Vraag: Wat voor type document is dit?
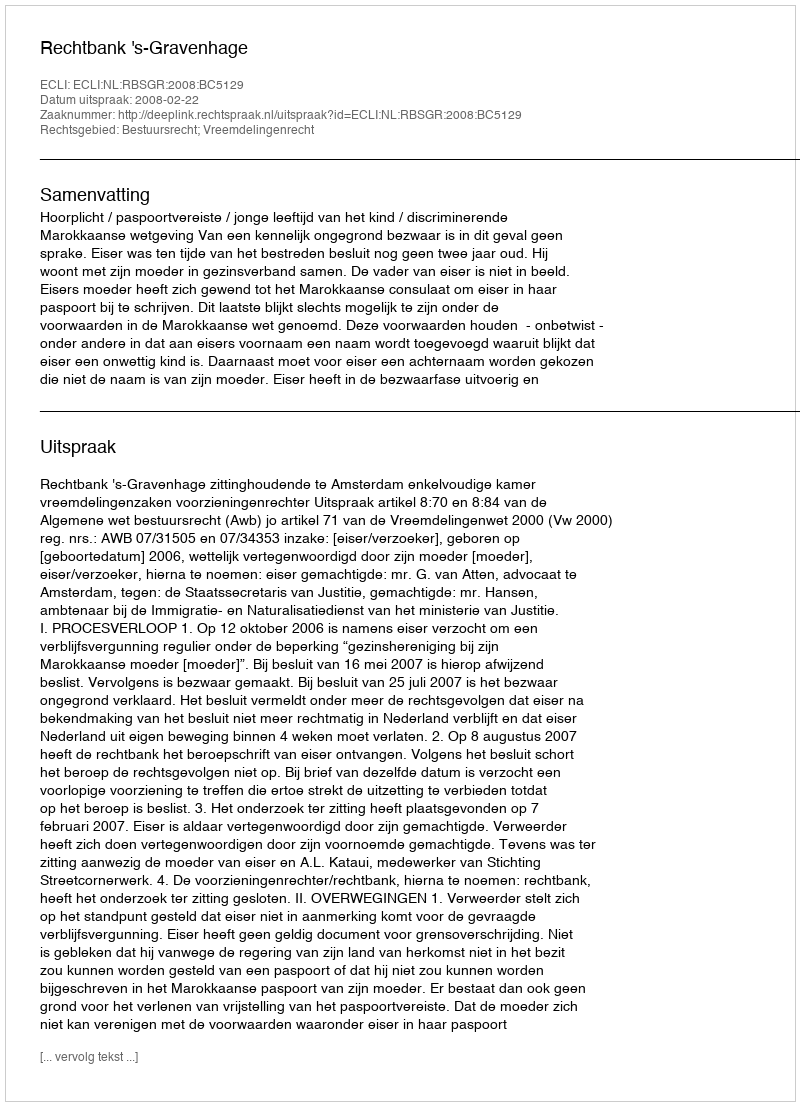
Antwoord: Uitspraak